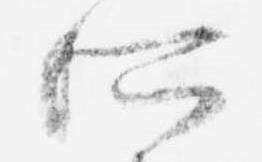
所